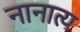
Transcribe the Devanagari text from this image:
नानात्य